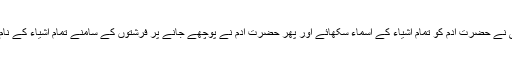
اللہ تعالیٰ نے حضرت آدم کو تمام اشیاء کے اسماء سکھائے اور پھر حضرت آدم نے پوچھے جانے پر فرشتوں کے سامنے تمام اشیاء کے نام بتادیے۔